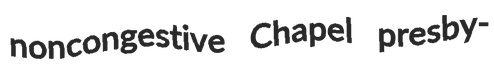
noncongestive Chapel presby-